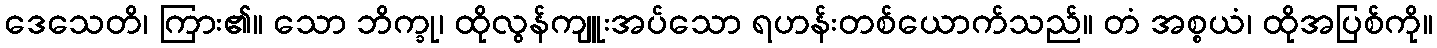
ဒေသေတိ၊ ကြား၏။ သော ဘိက္ခု၊ ထိုလွန်ကျူးအပ်သော ရဟန်းတစ်ယောက်သည်။ တံ အစ္စယံ၊ ထိုအပြစ်ကို။